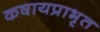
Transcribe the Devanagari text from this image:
कषायप्राभृत